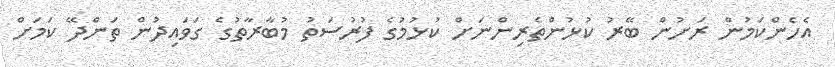
އެހެންކަމުން ރަށުން ބޭރު ކުޅުންތެރިންނަށް ކުޅުމުގެ ފުރުސަތު މުބާރާތުގެ ގަވައިދުން ތަންދޭ ކަމަށް